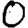
Digit: 0